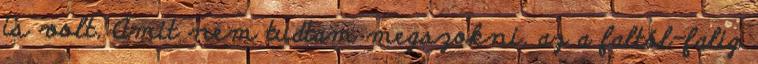
is volt. Amit nem tudtam megszokni, az a faltól-falig